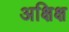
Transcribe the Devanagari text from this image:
अक्षिक्ष